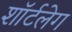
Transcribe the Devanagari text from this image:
शॉर्टलेग